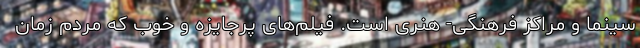
سینما و مراکز فرهنگی- هنری است. فیلم‌های پرجایزه و خوب که مردم زمان